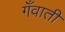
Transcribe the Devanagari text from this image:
गँवाती